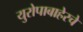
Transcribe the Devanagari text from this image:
युरोपाबाहेरचे